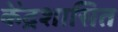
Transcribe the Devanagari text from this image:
के॓द्रशासित